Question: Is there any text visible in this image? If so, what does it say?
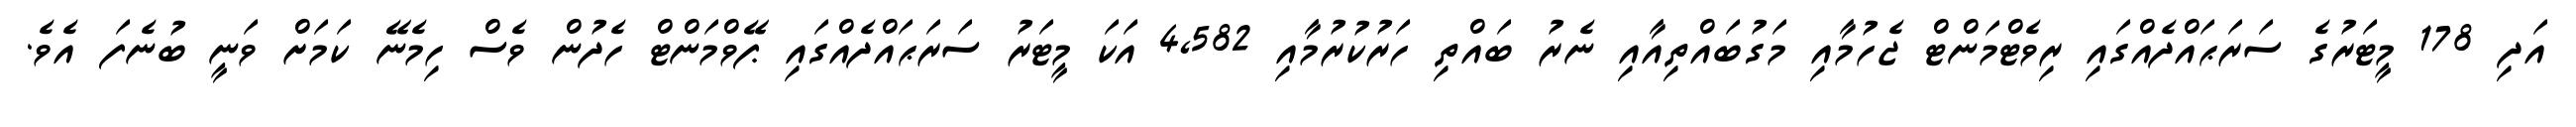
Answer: އަދި 178 މީޓަރުގެ ސަރަޙައްދެއްގައި ރިވެޓްމަންޓް ޖެހުމާއި މަގުބައްތިއާއި ނެރު ބައްތި ހަރުކުރުމާއި 4,582 އަކަ މީޓަރު ސަރަޙައްދެއްގައި ޕޭވްމަންޓް ހެދުން ވެސް ހިމެނޭ ކަމަށް ވަނީ ބުނެފަ އެވެ.